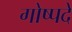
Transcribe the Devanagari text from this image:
गोष्पदे